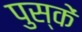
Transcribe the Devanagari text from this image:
पुस्कें